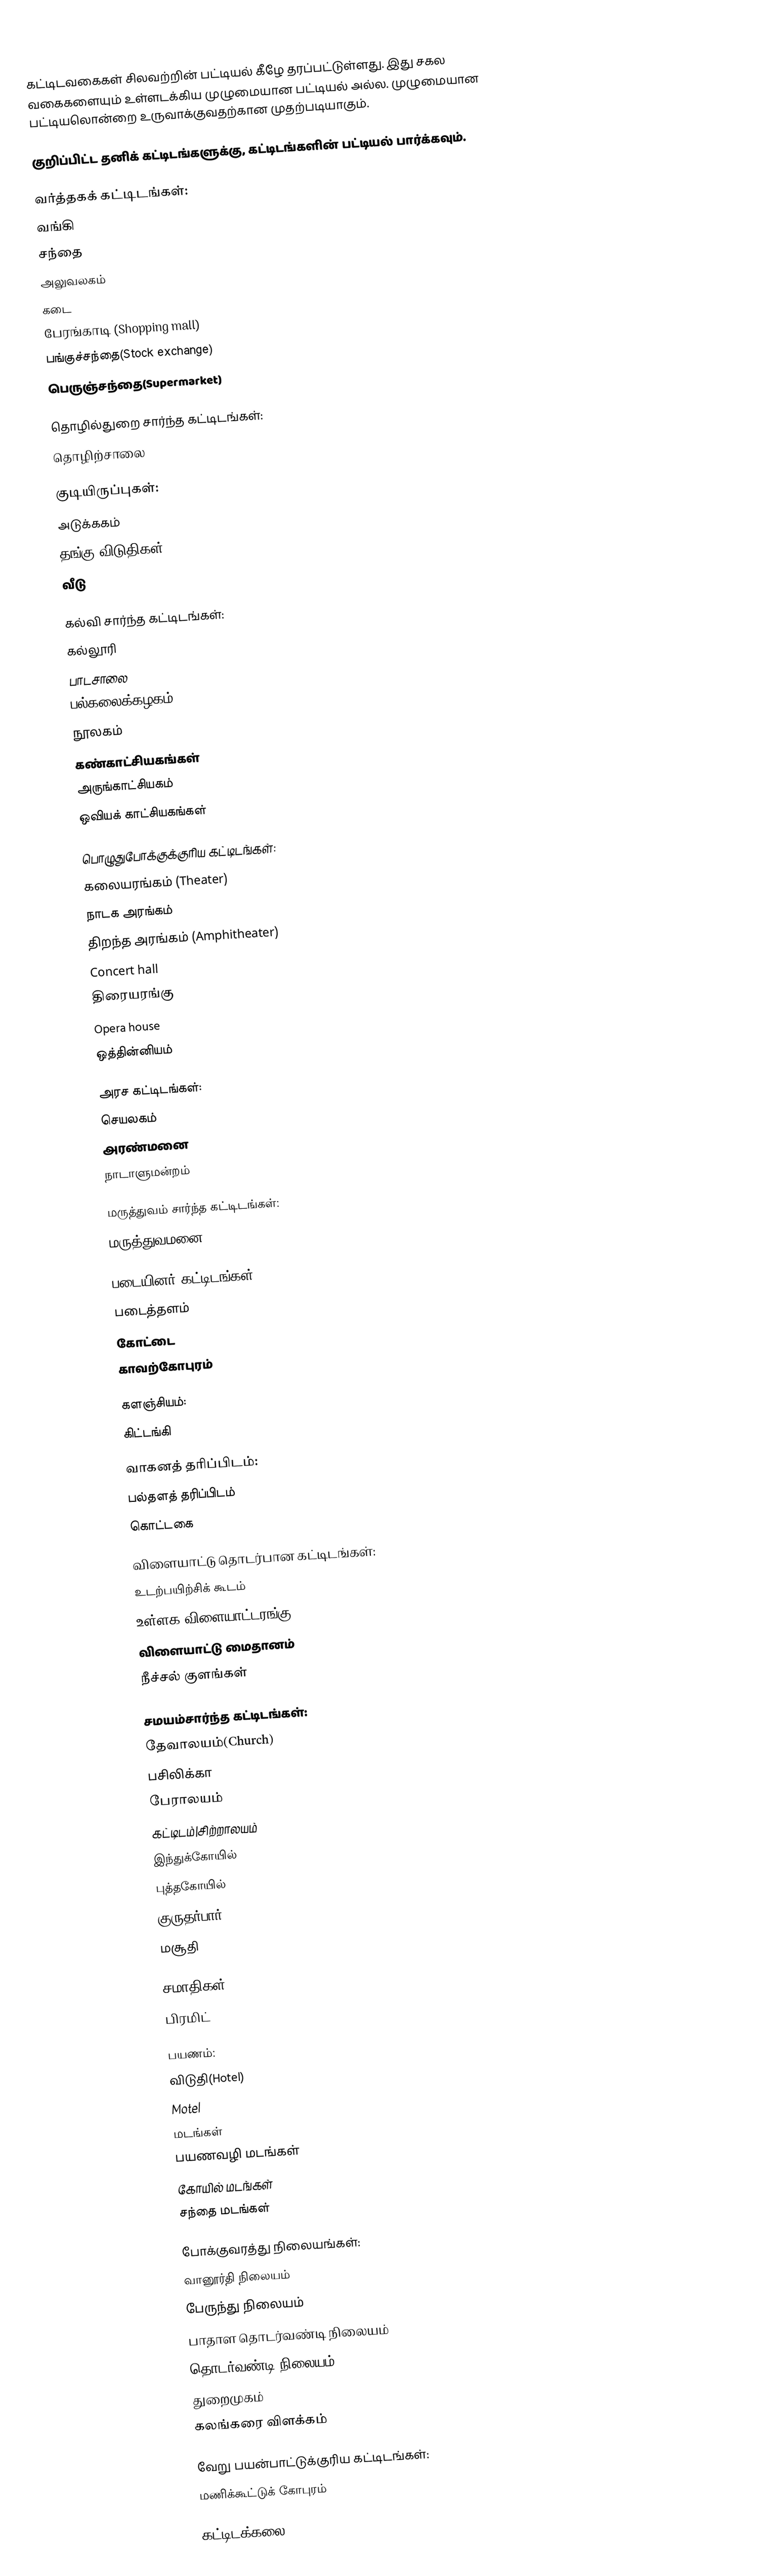
கட்டிடவகைகள் சிலவற்றின் பட்டியல் கீழே தரப்பட்டுள்ளது. இது சகல வகைகளையும் உள்ளடக்கிய முழுமையான பட்டியல் அல்ல. முழுமையான பட்டியலொன்றை உருவாக்குவதற்கான முதற்படியாகும்.

குறிப்பிட்ட தனிக் கட்டிடங்களுக்கு, கட்டிடங்களின் பட்டியல் பார்க்கவும்.

வர்த்தகக் கட்டிடங்கள்:
வங்கி
சந்தை
அலுவலகம்
கடை
பேரங்காடி (Shopping mall)
பங்குச்சந்தை(Stock exchange)
பெருஞ்சந்தை(Supermarket)

தொழில்துறை சார்ந்த கட்டிடங்கள்:
தொழிற்சாலை

குடியிருப்புகள்:
அடுக்ககம்
தங்கு விடுதிகள்
வீடு

கல்வி சார்ந்த கட்டிடங்கள்:
கல்லூரி
பாடசாலை
பல்கலைக்கழகம்
நூலகம்
கண்காட்சியகங்கள்
அருங்காட்சியகம்
ஒவியக் காட்சியகங்கள்

பொழுதுபோக்குக்குரிய கட்டிடங்கள்:
கலையரங்கம் (Theater)
நாடக அரங்கம்
திறந்த அரங்கம் (Amphitheater)
Concert hall
திரையரங்கு
Opera house
ஒத்தின்னியம்

அரச கட்டிடங்கள்:
செயலகம்
அரண்மனை
நாடாளுமன்றம்

 மருத்துவம் சார்ந்த கட்டிடங்கள்:
மருத்துவமனை

படையினர் கட்டிடங்கள்:
படைத்தளம்
கோட்டை
காவற்கோபுரம்

களஞ்சியம்:
கிட்டங்கி

வாகனத் தரிப்பிடம்:
பல்தளத் தரிப்பிடம்
கொட்டகை

விளையாட்டு தொடர்பான கட்டிடங்கள்:
உடற்பயிற்சிக் கூடம்
உள்ளக விளையாட்டரங்கு
விளையாட்டு மைதானம்
நீச்சல் குளங்கள்

சமயம்சார்ந்த கட்டிடங்கள்:
தேவாலயம்(Church)
பசிலிக்கா
பேராலயம்
கட்டிடம்|சிற்றாலயம்
இந்துக்கோயில்
புத்தகோயில்
குருதர்பார்
மசூதி

சமாதிகள்:
பிரமிட்

பயணம்:
விடுதி(Hotel)
Motel
மடங்கள்
பயணவழி மடங்கள்
கோயில் மடங்கள்
சந்தை மடங்கள்

போக்குவரத்து நிலையங்கள்:
வானூர்தி நிலையம்
பேருந்து நிலையம்
பாதாள தொடர்வண்டி நிலையம்
தொடர்வண்டி நிலையம்
துறைமுகம்
கலங்கரை விளக்கம்

வேறு பயன்பாட்டுக்குரிய கட்டிடங்கள்:
மணிக்கூட்டுக் கோபுரம்

கட்டிடக்கலை